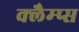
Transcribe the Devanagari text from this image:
क्लैम्प्स